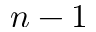
n - 1